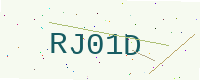
Text: RJ01D